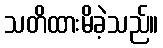
သတိထားမိခဲ့သည်။